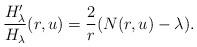
LaTeX: \begin{align*}\frac{H_\lambda'}{H_\lambda}(r, u) = \frac{2}{r}(N(r, u) -\lambda).\end{align*}